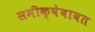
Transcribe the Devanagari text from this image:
समीक्षेबाबत